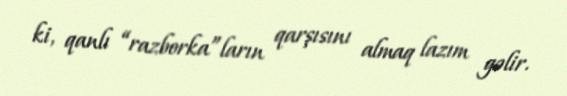
ki, qanlı “razborka”ların qarşısını almaq lazım gəlir.